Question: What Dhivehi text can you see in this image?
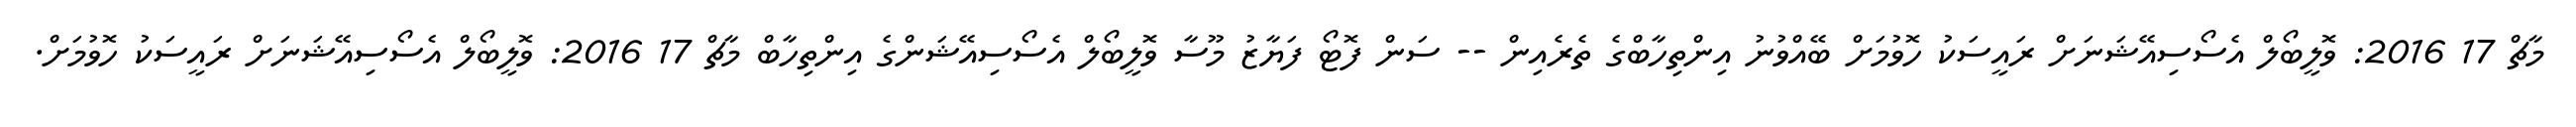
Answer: މާޗް 17 2016: ވޮލީބޯލް އެސޯސިއޭޝަނަށް ރައީސަކު ހޮވުމަށް ބޭއްވުނު އިންތިހާބްގެ ތެރެއިން -- ސަން ފޮޓޯ ފަޔާޒު މޫސާ ވޮލީބޯލް އެސޯސިއޭޝަންގެ އިންތިހާބް މާޗް 17 2016: ވޮލީބޯލް އެސޯސިއޭޝަނަށް ރައީސަކު ހޮވުމަށް.